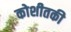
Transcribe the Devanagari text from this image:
कोशीतकी